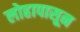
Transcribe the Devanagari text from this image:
लोहापासून